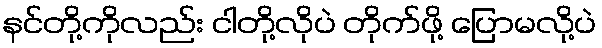
နင်တို့ကိုလည်း ငါတို့လိုပဲ တိုက်ဖို့ ပြောမလို့ပဲ